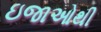
ઇજાઓથી